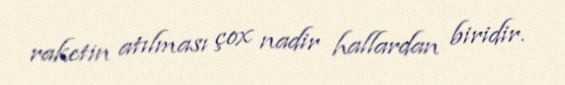
raketin atılması çox nadir hallardan biridir.